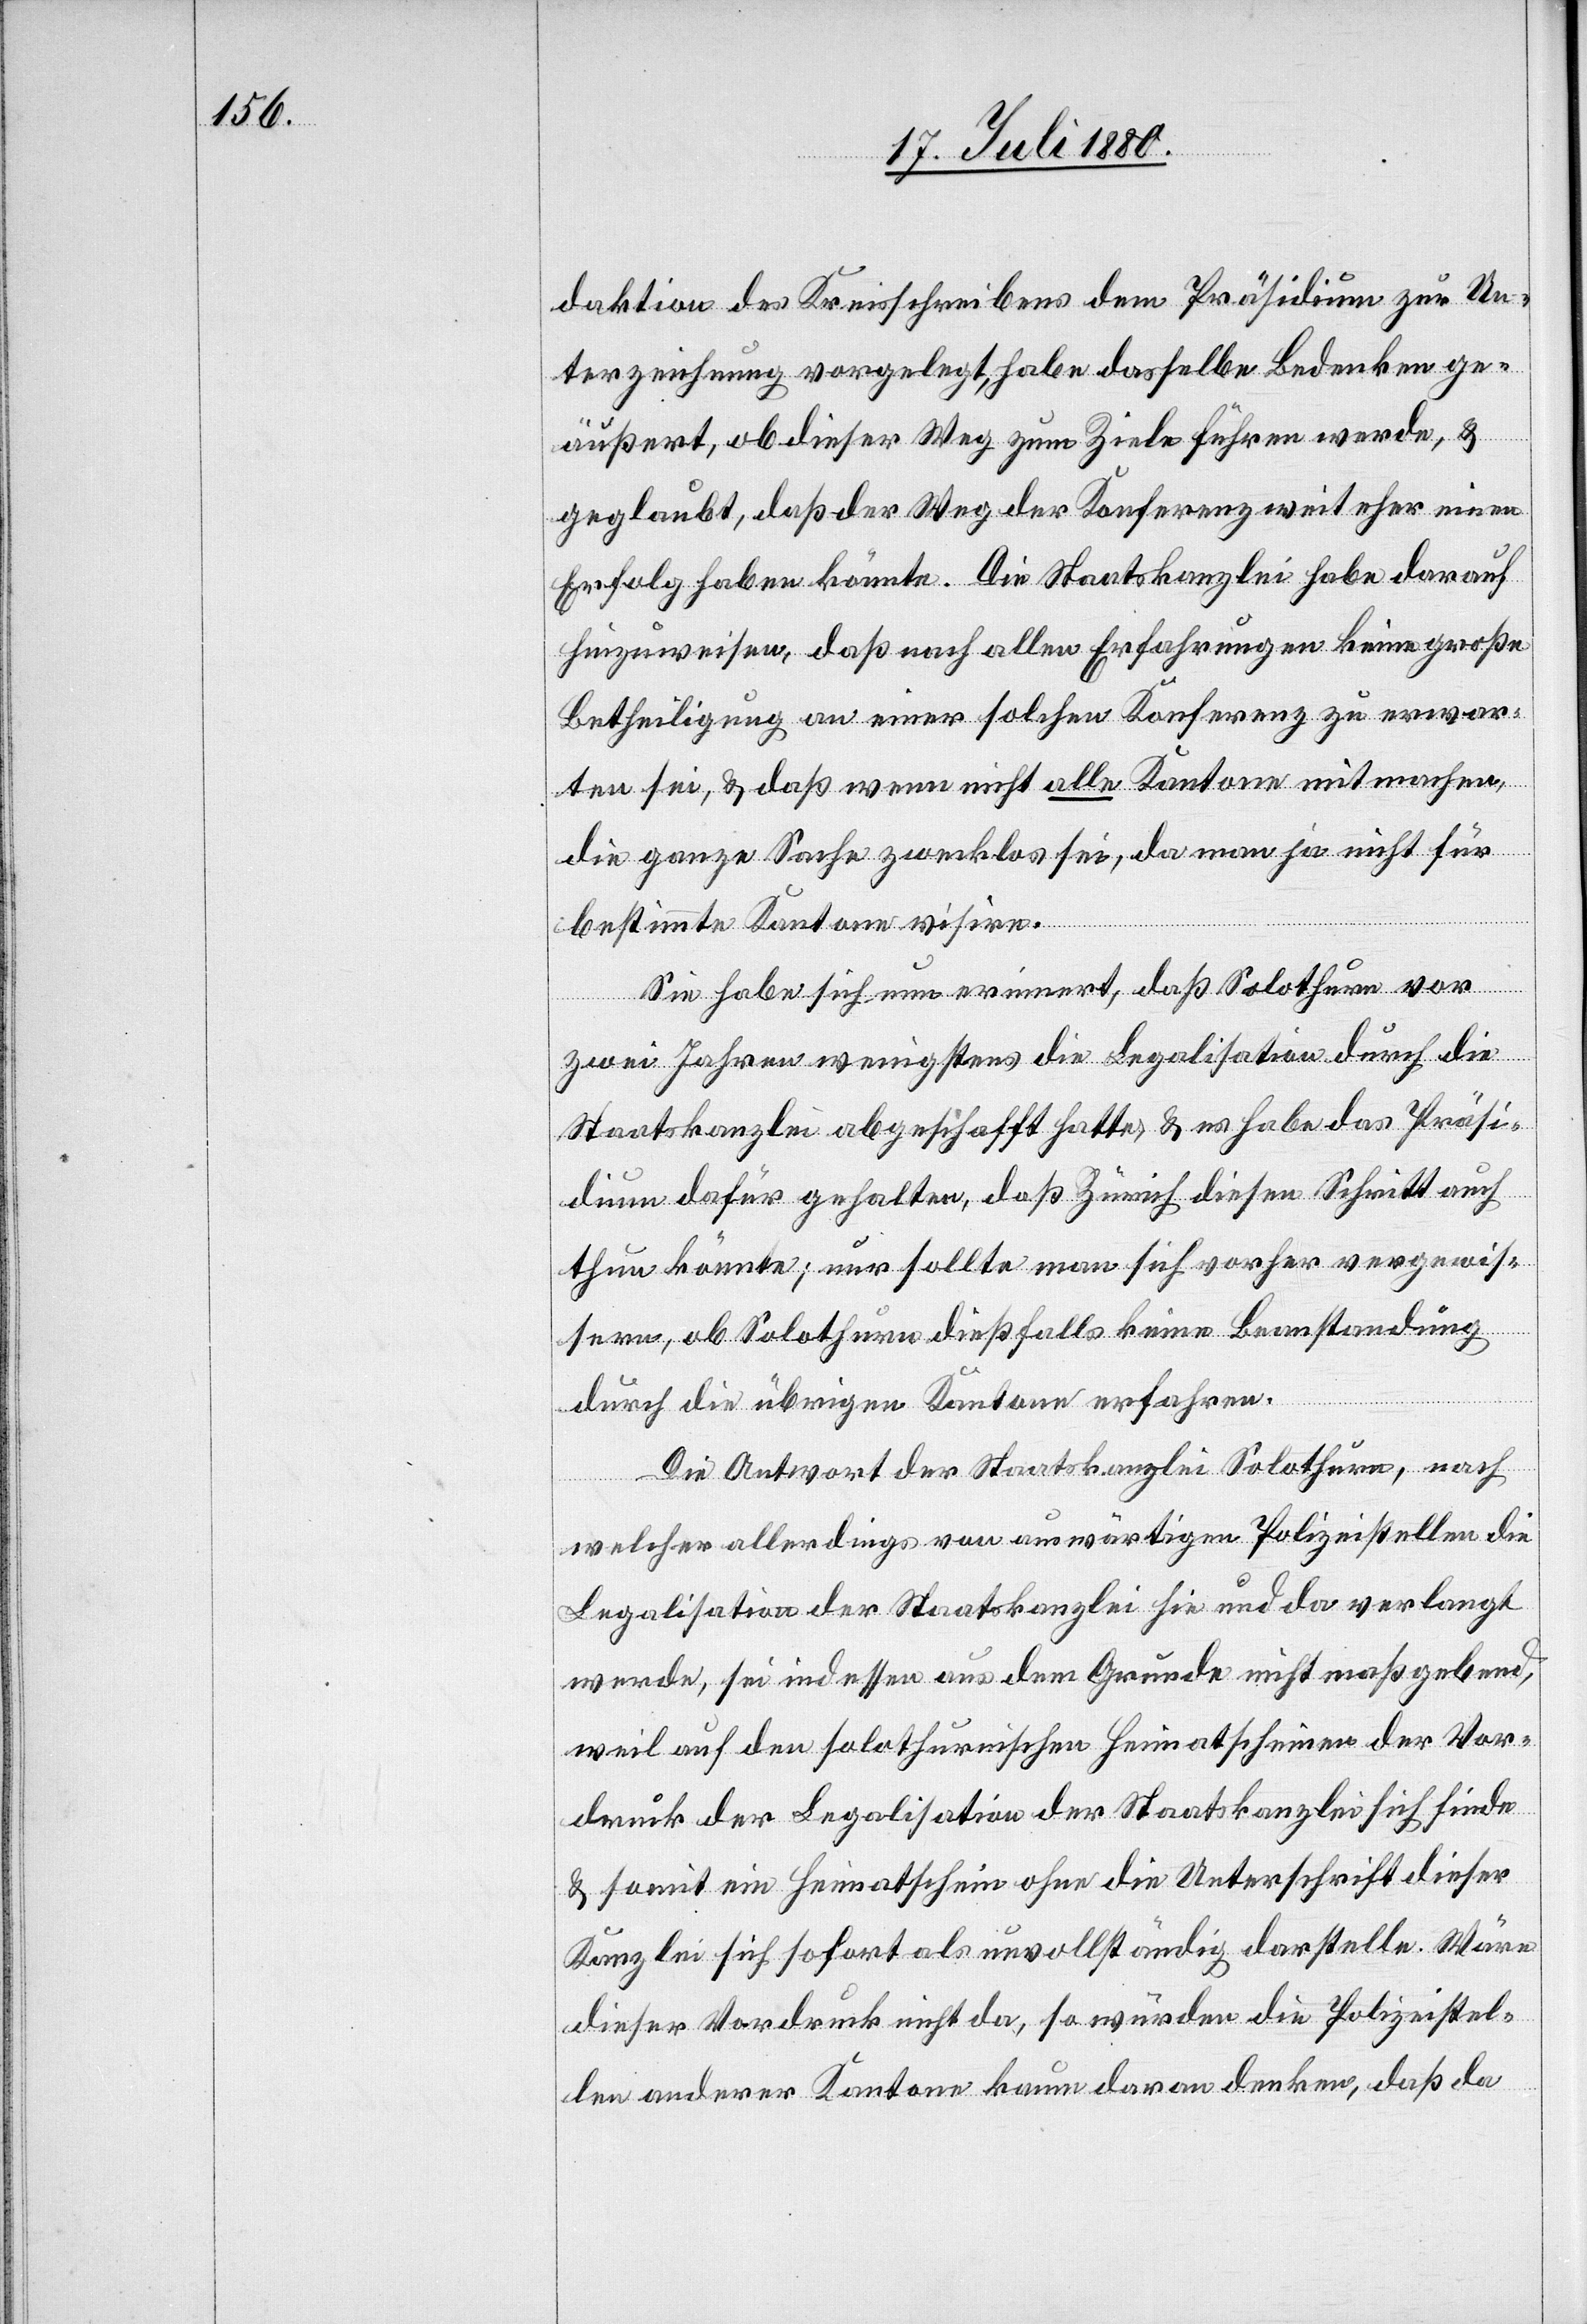
daktion des Kreisschreibens dem Präsidium zur Un¬
terzeichnung vorgelegt, habe dasselbe Bedenken ge¬
äußert, ob dieser Weg zu Ziele führen werde, &
geglaubt, daß der Weg der Konferenz weit eher einen
Erfolg haben könnte. Die Staatskanzlei habe darauf
hinzuweisen, daß nach allen Erfahrungen keine große
Betheiligung an einer solchen Konferenz zu erwar¬
ten sei, & daß wenn nicht alle Kantone mitmachen,
die ganze Sache zwecklos sei, da man ja nicht für
bestimmte Kantone visire.
Sie habe sich nun erinnert, daß Solothurn vor
zwei Jahren wenigstens die Legalisation durch die
Staatskanzlei abgeschafft hatte & es habe das Präsi¬
dium dafür gehalten, daß Zürich diesen Schritt auch
thun könnte, nur sollte man sich vorher vergewis¬
sern, ob Solothurn dießfalls keine Beanstandung
durch die übrigen Kantone erfahren.
Die Antwort der Staatskanzlei Solothurn, nach
welcher allerdings von auswärtigen Polizeistellen die
Legalisation der Staatskanzlei hie und da verlangt
werde, sei indessen aus dem Grunde nicht maßgebend,
weil auf den solothurnischen Heimatscheinen der Vor¬
druck der Legalisation der Staatskanzlei sich finde
& damit ein Heimatschein ohne die Unterschrift dieser
Kanzlei sich sofort als unvollständig darstelle. Wäre
dieser Vordruck nicht da, so würden die Polizeistel¬
len anderer Kantone kaum davon denken, daß da